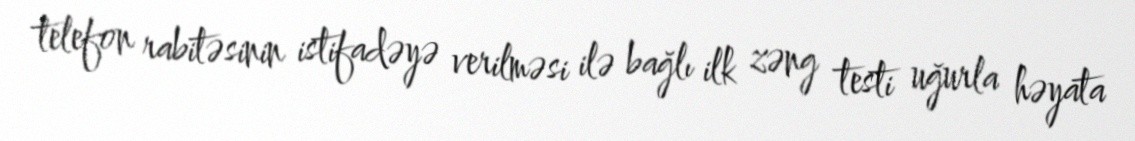
telefon rabitəsinin istifadəyə verilməsi ilə bağlı ilk zəng testi uğurla həyata